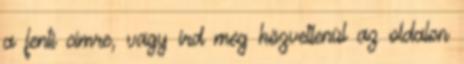
a fenti címre, vagy írd meg közvetlenül az oldalon